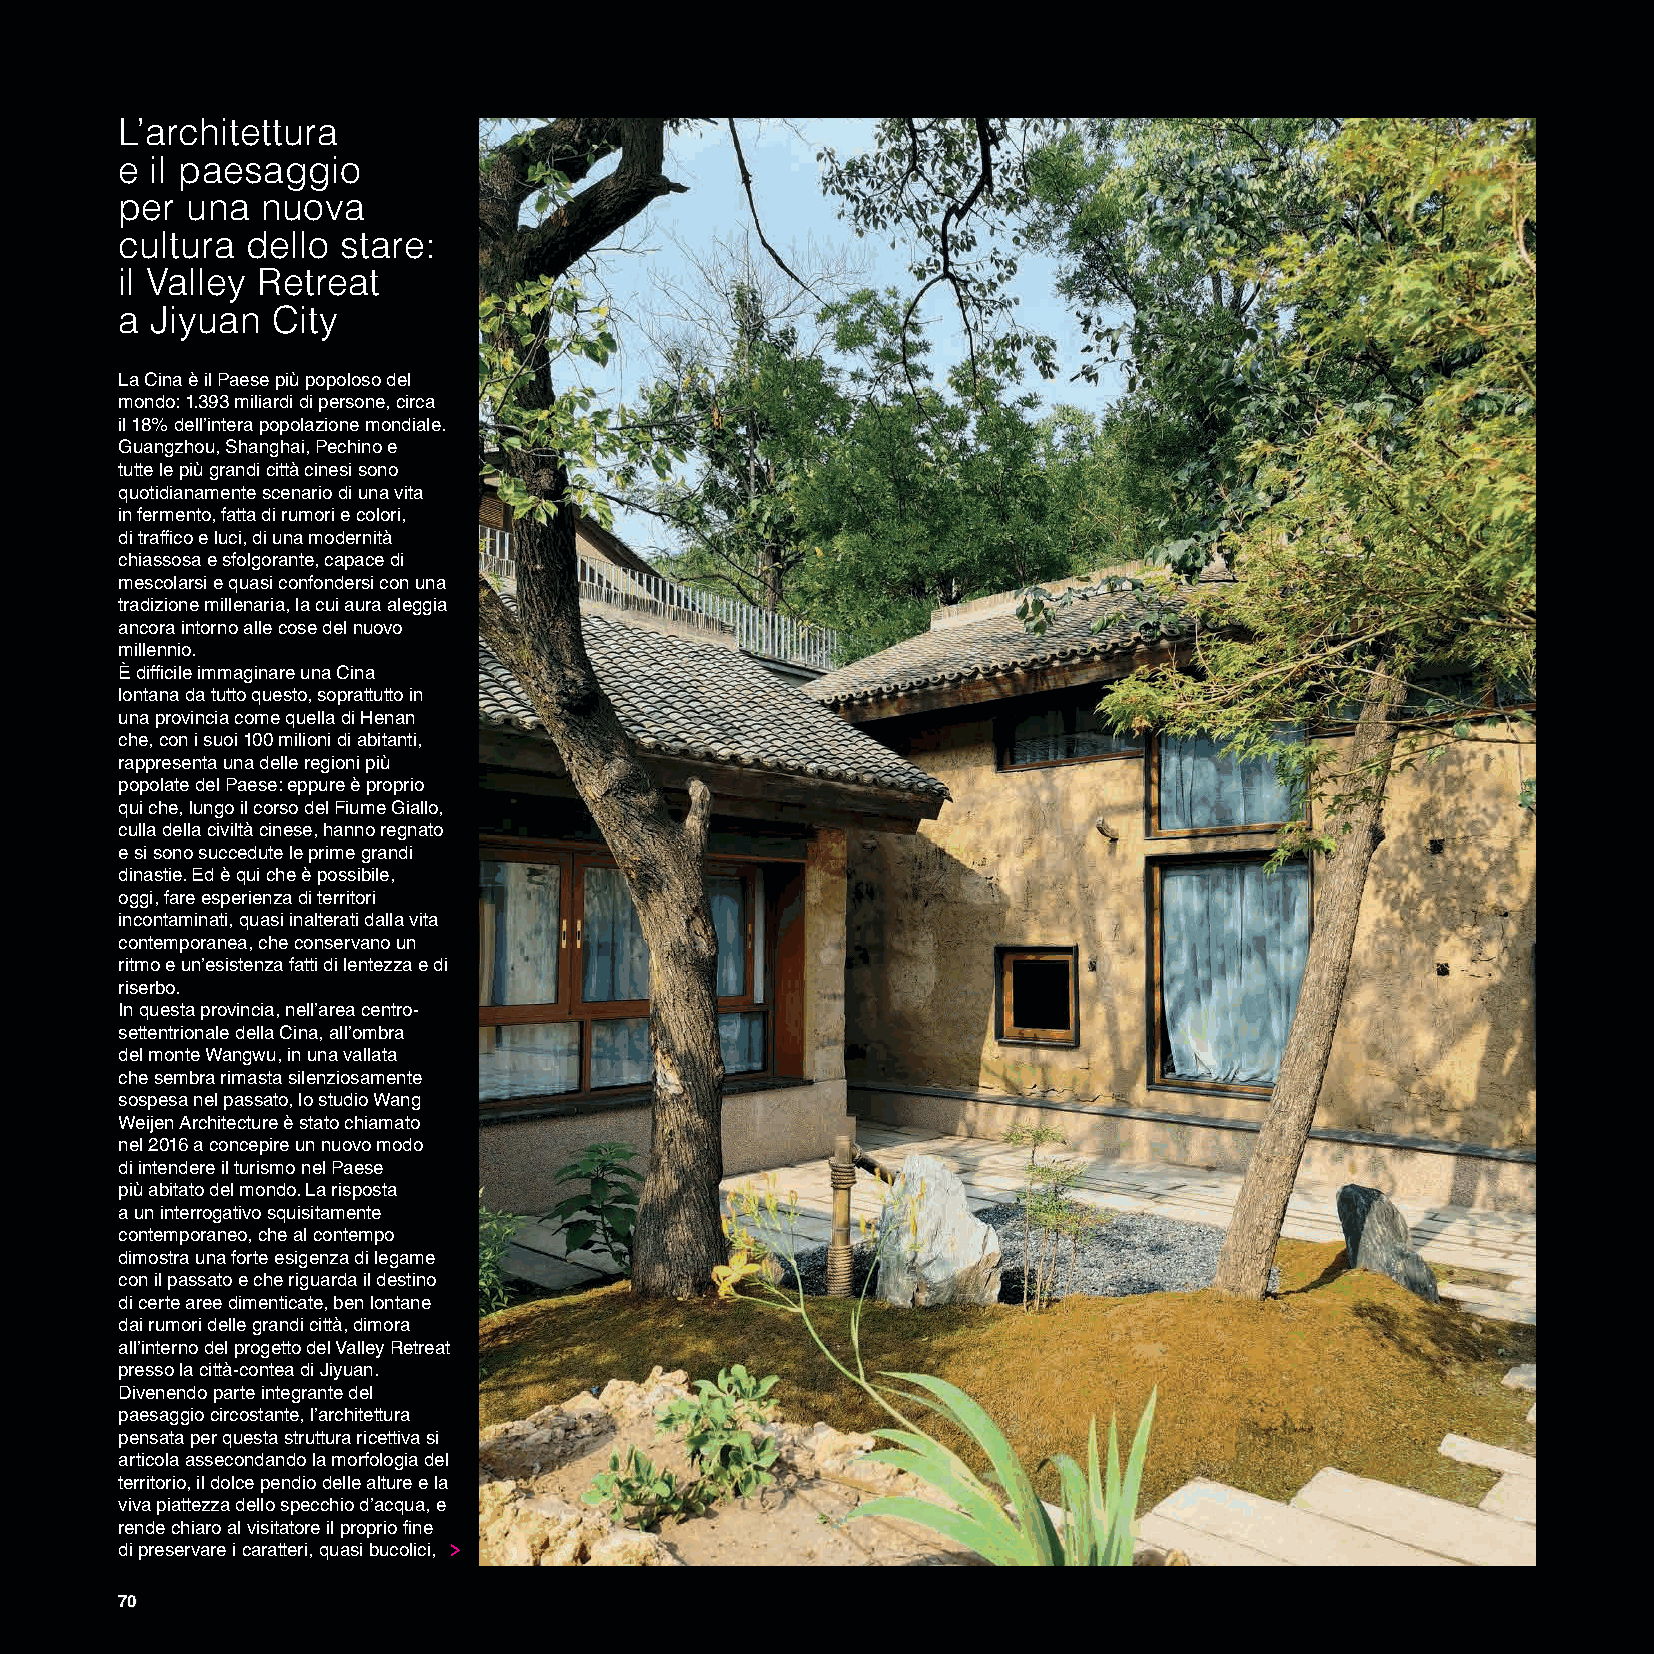
L’architettura
 e il paesaggio
 per una  nuova
 cultura dello  stare:
 il Valley Retreat
 a Jiyuan  City
 La Cina è il Paese più popoloso del
 mondo: 1.393 miliardi di persone, circa
 il 18% dell’intera popolazione mondiale.
 Guangzhou, Shanghai, Pechino e
 tutte le più grandi città cinesi sono
 quotidianamente scenario di una vita
 in fermento, fatta di rumori e colori,
 di traffico e luci, di una modernità
 chiassosa e sfolgorante, capace di
 mescolarsi e quasi confondersi con una
 tradizione millenaria, la cui aura aleggia
 ancora intorno alle cose del nuovo
 millennio.
 È difficile immaginare una Cina
 lontana da tutto questo, soprattutto in
 una provincia come quella di Henan
 che, con i suoi 100 milioni di abitanti,
 rappresenta una delle regioni più
 popolate del Paese: eppure è proprio
 qui che, lungo il corso del Fiume Giallo,
 culla della civiltà cinese, hanno regnato
 e si sono succedute le prime grandi
 dinastie. Ed è qui che è possibile,
 oggi, fare esperienza di territori
 incontaminati, quasi inalterati dalla vita
 contemporanea, che conservano un
 ritmo e un’esistenza fatti di lentezza e di
 riserbo.
 In questa provincia, nell’area centro-
 settentrionale della Cina, all’ombra
 del monte Wangwu, in una vallata
 che sembra rimasta silenziosamente
 sospesa nel passato, lo studio Wang
 Weijen Architecture è stato chiamato
 nel 2016 a concepire un nuovo modo
 di intendere il turismo nel Paese
 più abitato del mondo. La risposta
 a un interrogativo squisitamente
 contemporaneo, che al contempo
 dimostra una forte esigenza di legame
 con il passato e che riguarda il destino
 di certe aree dimenticate, ben lontane
 dai rumori delle grandi città, dimora
 all’interno del progetto del Valley Retreat
 presso la città-contea di Jiyuan.
 Divenendo parte integrante del
 paesaggio circostante, l’architettura
 pensata per questa struttura ricettiva si
 articola assecondando la morfologia del
 territorio, il dolce pendio delle alture e la
 viva piattezza dello specchio d’acqua, e
 rende chiaro al visitatore il proprio fine
 di preservare i caratteri, quasi bucolici,
 70